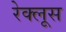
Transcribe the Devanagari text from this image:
रेक्लूस